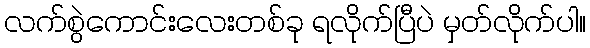
လက်စွဲကောင်းလေးတစ်ခု ရလိုက်ပြီပဲ မှတ်လိုက်ပါ။